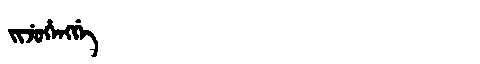
Manchu: ᠵᡳᠵᡠᡥᡝᠩᡤᡝ
Romanization: JIJUHENGGE